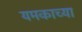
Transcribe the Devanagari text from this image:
यमकाच्या